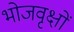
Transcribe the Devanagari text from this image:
भोजवृक्षों